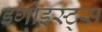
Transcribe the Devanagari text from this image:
इगोइस्ट्स